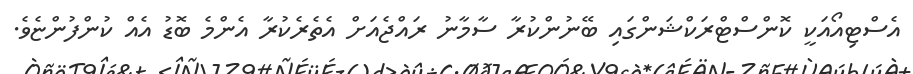
އެސްޓިއޯއަކީ ކޮންސްޓްރަކްޝަންގައި ބޭނުންކުރާ ސާމާނު ރައްޖެއަށް އެތެރެކުރާ އެންމެ ބޮޑު އެއް ކުންފުންޏެވެ.